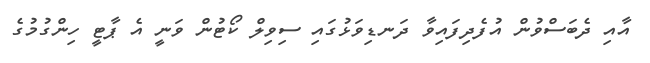
އާއި ދެބަސްވުން އުފެދިފައިވާ ދަނޑިވަޅުގައި ސިވިލް ކޯޓުން ވަނީ އެ ޕާޓީ ހިންގުމުގެ